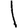
Digit: 1